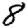
Digit: 8